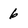
Character: 6